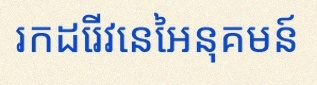
រកដេរីវេនៃអនុគមន៍